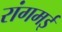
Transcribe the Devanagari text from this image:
रांगमई